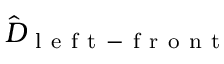
\hat { D } _ { \mathrm { ~ l ~ e ~ f ~ t ~ - ~ f ~ r ~ o ~ n ~ t ~ } }